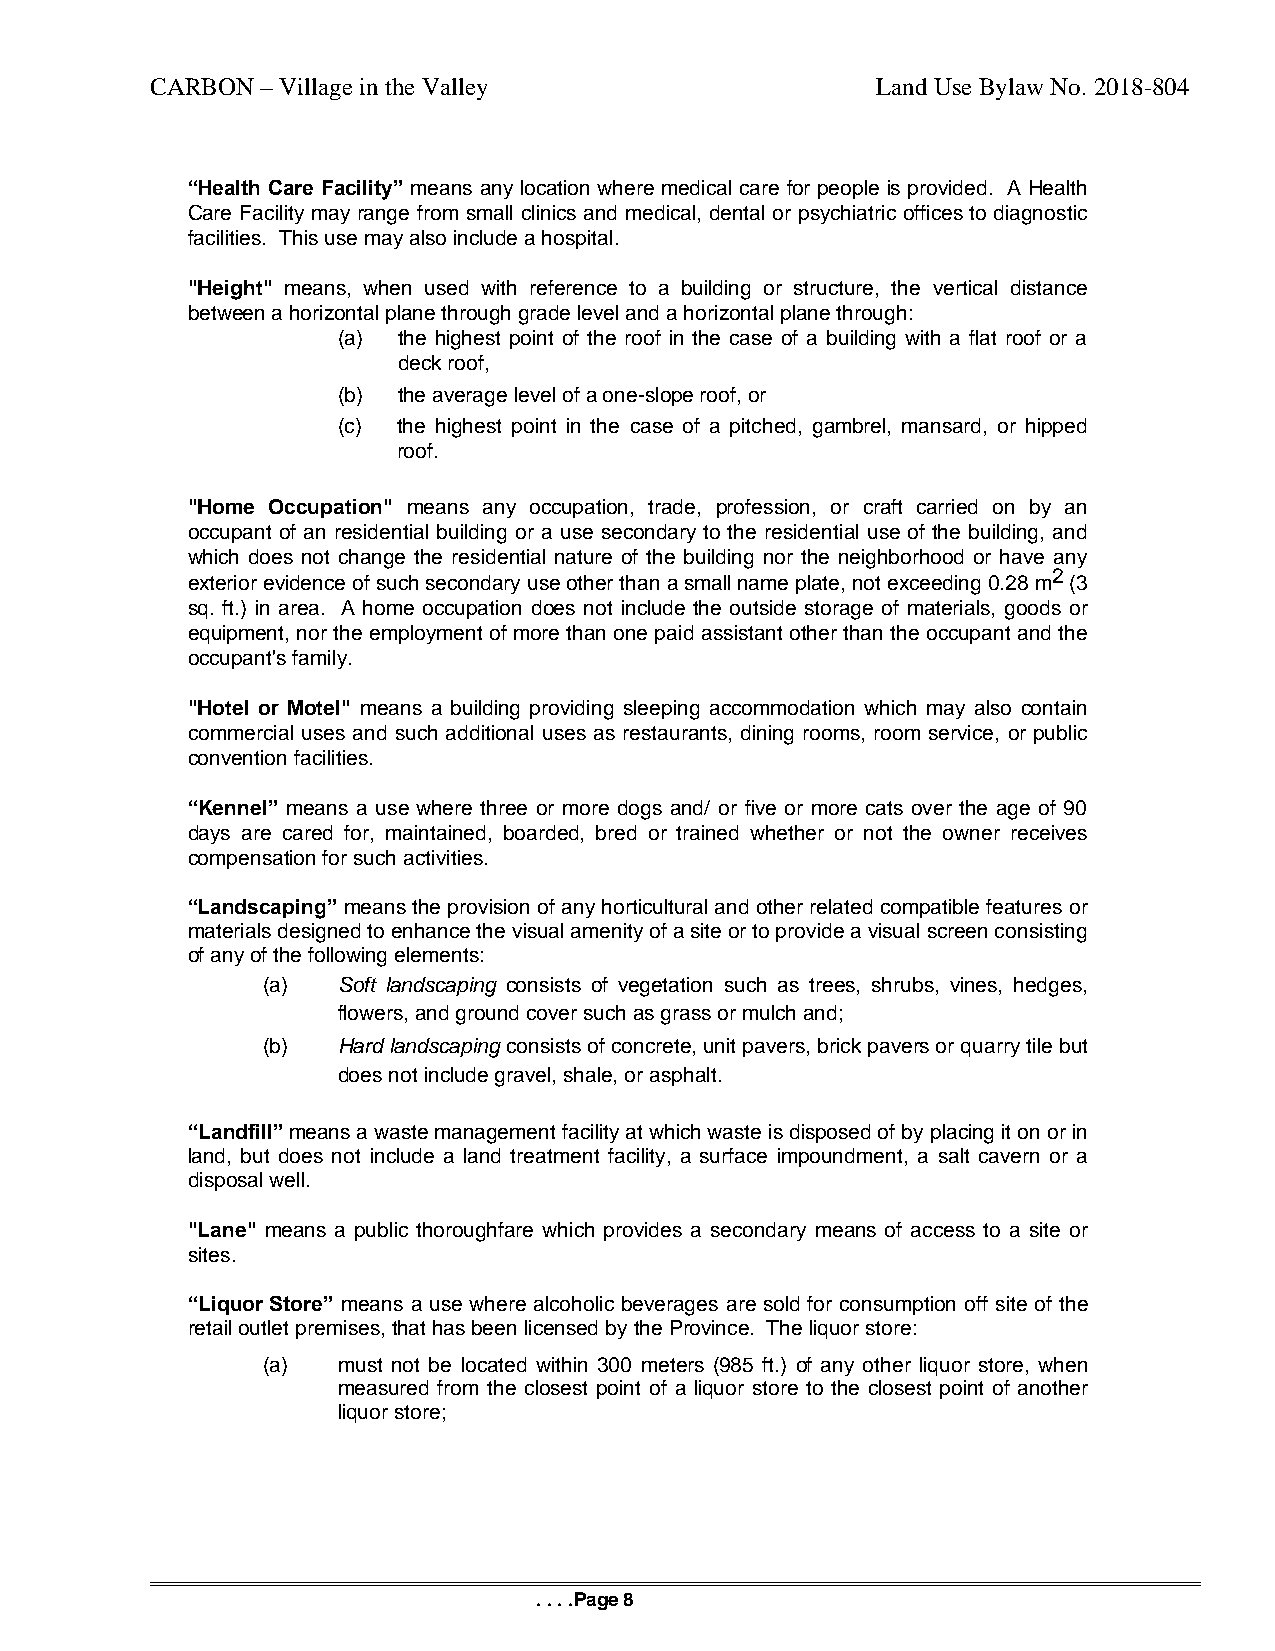
CARBON – Village in the Valley                  Land Use Bylaw No. 2018-804
 “Health Care Facility” means any location where medical care for people is provided. A Health
 Care Facility may range from small clinics and medical, dental or psychiatric offices to diagnostic
 facilities. This use may also include a hospital.
 "Height" means, when used with reference to a building or structure, the vertical distance
 between a horizontal plane through grade level and a horizontal plane through:
 (a) the highest point of the roof in the case of a building with a flat roof or a
 deck roof,
 (b) the average level of a one-slope roof, or
 (c) the highest point in the case of a pitched, gambrel, mansard, or hipped
 roof.
 "Home Occupation" means any occupation, trade, profession, or craft carried on by an
 occupant of an residential building or a use secondary to the residential use of the building, and
 which does not change the residential nature of the building nor the neighborhood or have any
 2
 exterior evidence of such secondary use other than a small name plate, not exceeding 0.28 m (3
 sq. ft.) in area. A home occupation does not include the outside storage of materials, goods or
 equipment, nor the employment of more than one paid assistant other than the occupant and the
 occupant's family.
 "Hotel or Motel" means a building providing sleeping accommodation which may also contain
 commercial uses and such additional uses as restaurants, dining rooms, room service, or public
 convention facilities.
 “Kennel” means a use where three or more dogs and/ or five or more cats over the age of 90
 days are cared for, maintained, boarded, bred or trained whether or not the owner receives
 compensation for such activities.
 “Landscaping” means the provision of any horticultural and other related compatible features or
 materials designed to enhance the visual amenity of a site or to provide a visual screen consisting
 of any of the following elements:
 (a)  Soft landscaping consists of vegetation such as trees, shrubs, vines, hedges,
 flowers, and ground cover such as grass or mulch and;
 (b)  Hard landscaping consists of concrete, unit pavers, brick pavers or quarry tile but
 does not include gravel, shale, or asphalt.
 “Landfill” means a waste management facility at which waste is disposed of by placing it on or in
 land, but does not include a land treatment facility, a surface impoundment, a salt cavern or a
 disposal well.
 "Lane" means a public thoroughfare which provides a secondary means of access to a site or
 sites.
 “Liquor Store” means a use where alcoholic beverages are sold for consumption off site of the
 retail outlet premises, that has been licensed by the Province. The liquor store:
 (a)  must not be located within 300 meters (985 ft.) of any other liquor store, when
 measured from the closest point of a liquor store to the closest point of another
 liquor store;
 . . . .Page 8